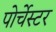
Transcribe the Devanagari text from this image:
पोर्चेस्टर